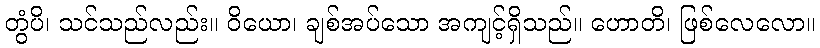
တွံပိ၊ သင်သည်လည်း။ ဝိယော၊ ချစ်အပ်သော အကျင့်ရှိသည်။ ဟောတိ၊ ဖြစ်လေလော။